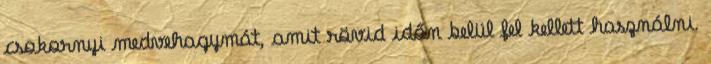
csokornyi medvehagymát, amit rövid időn belül fel kellett használni.